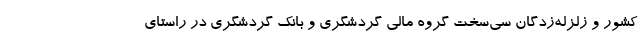
کشور و زلزله‌زدگان سی‌سخت گروه مالی گردشگری و بانک گردشگری در راستای